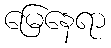
မြေနေရာ